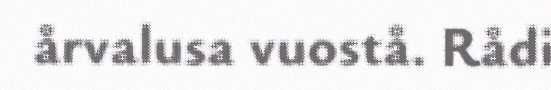
årvalusa vuostå. Rådi